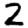
Digit: 2